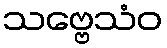
သဗ္ဗေသံဝ